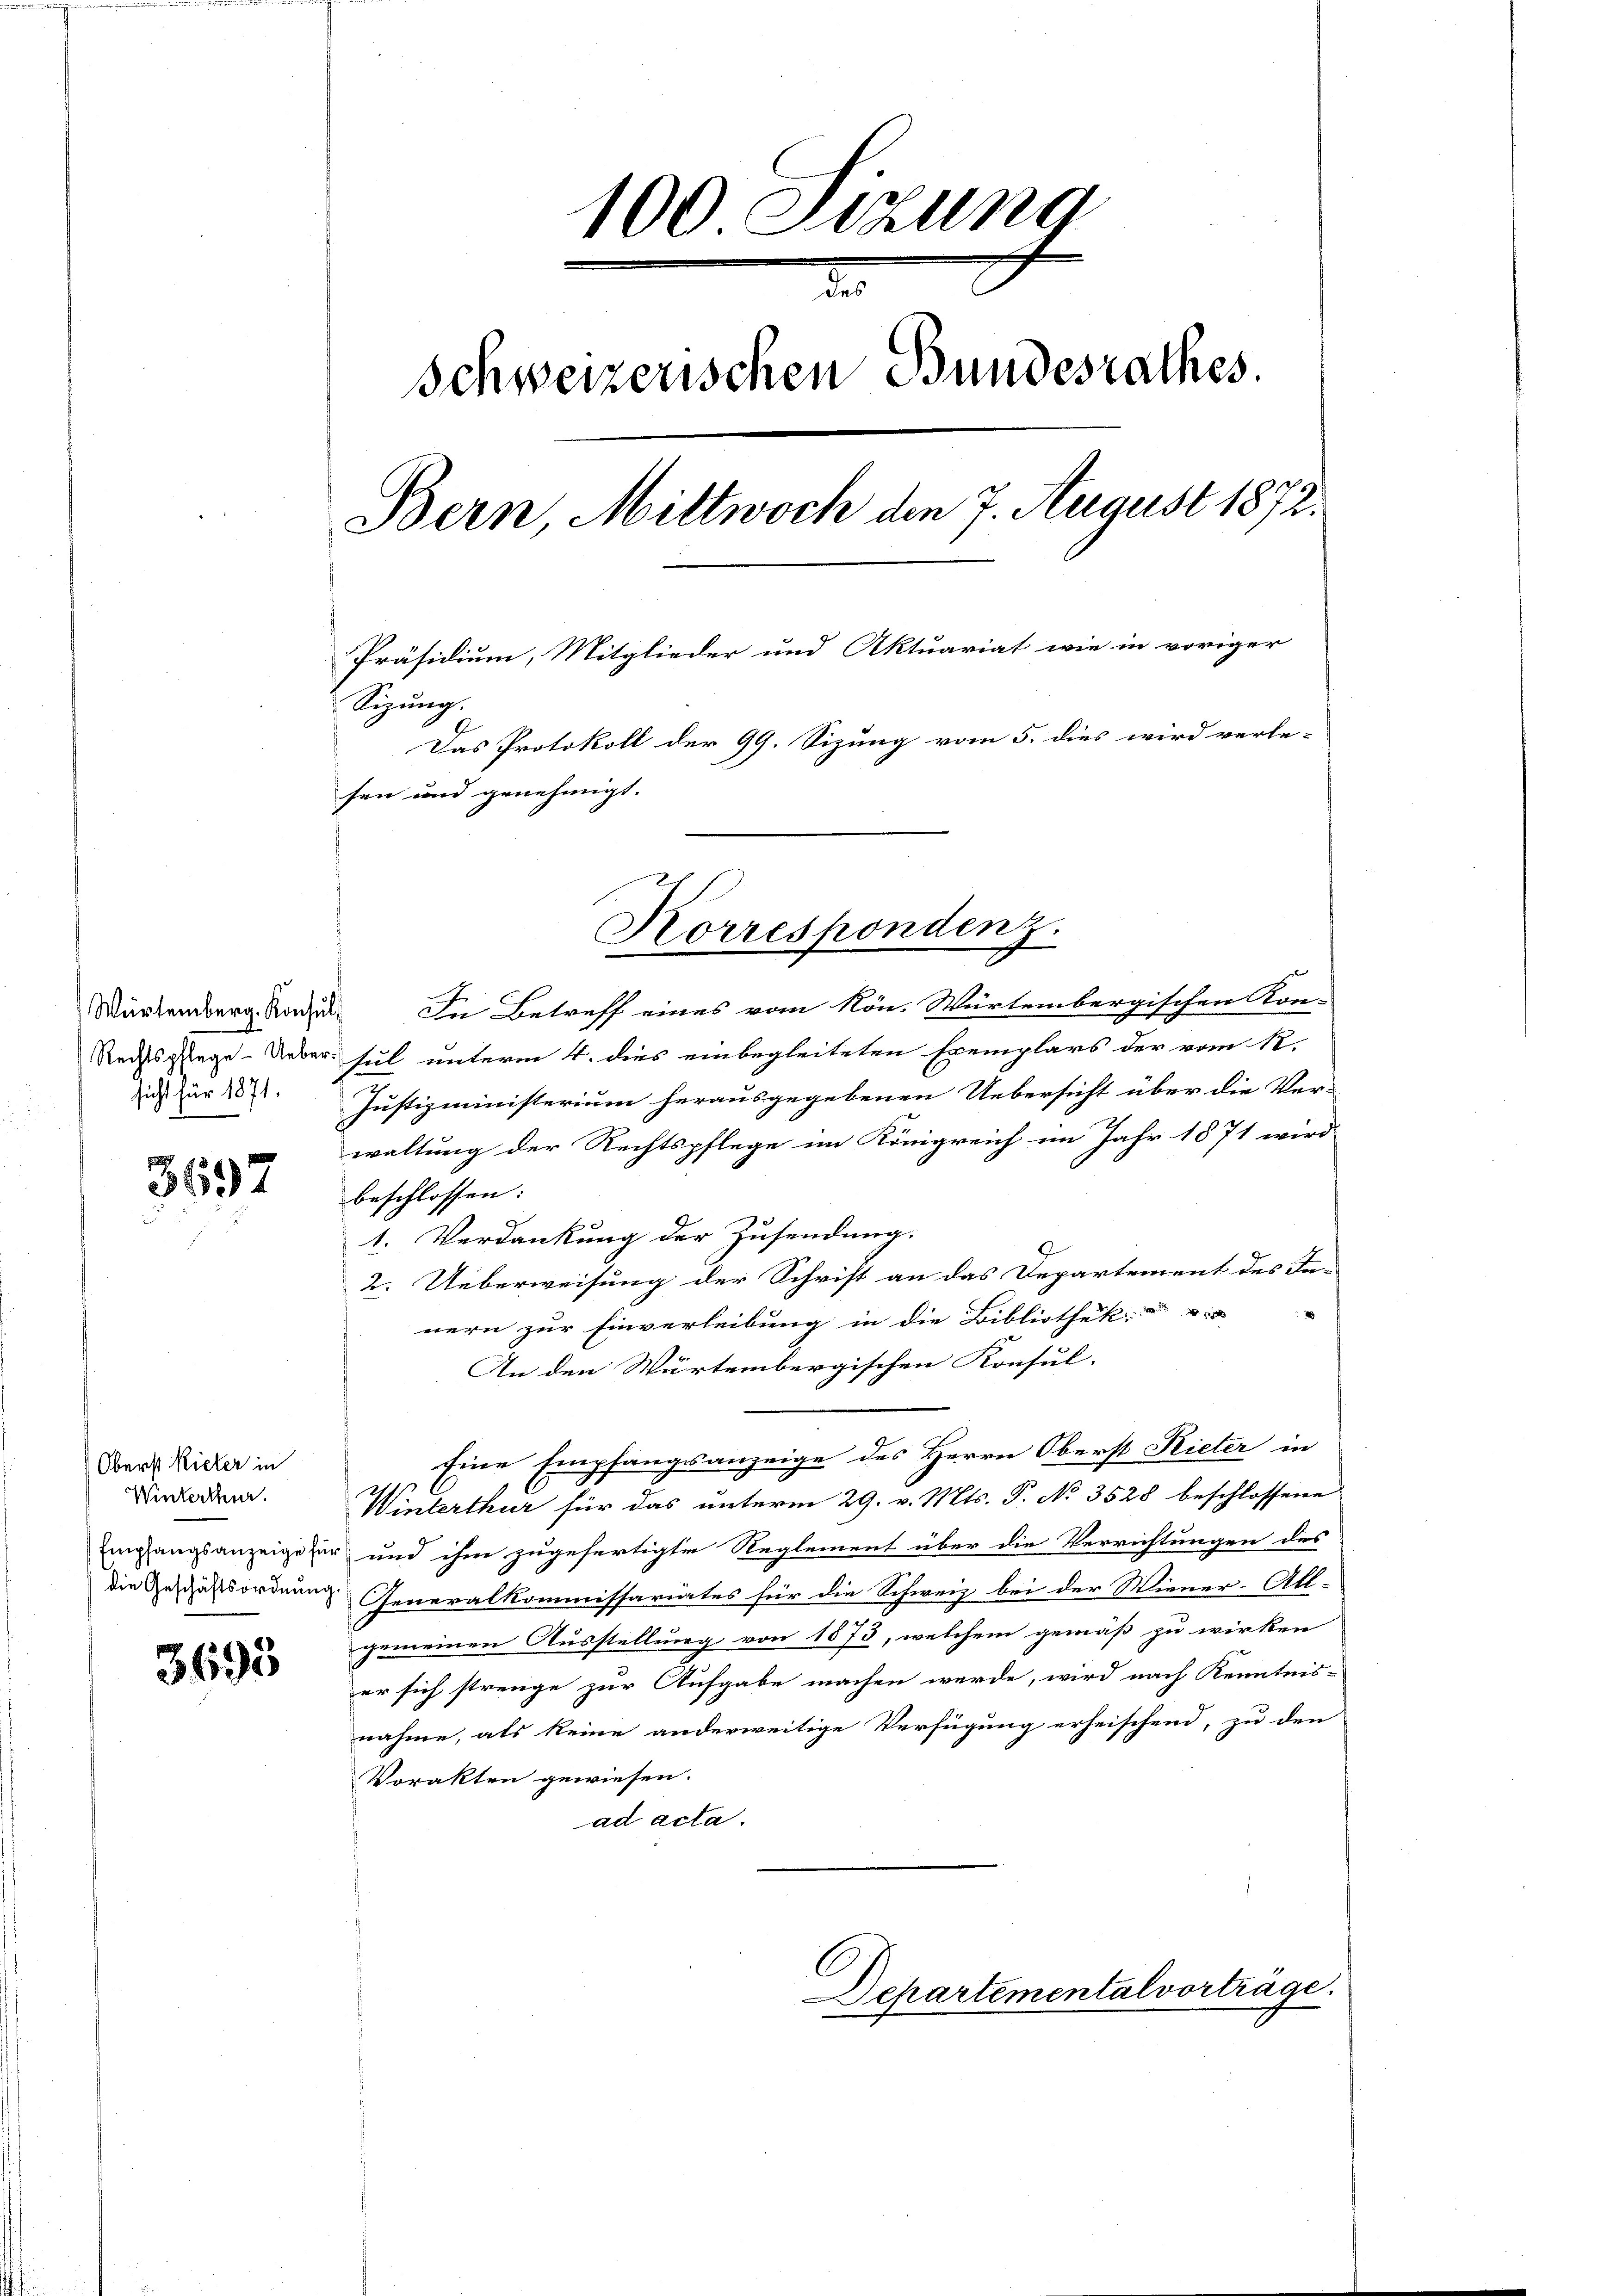
Würtemberg. Konsul
Rechtspflege Uebersicht für 1871.

3697
ber

Oberst Rieter in
Winterten.
Empfangsanzeige für
die Geschäftsordnung

3695

100 Setzung
Schweizerischen Bundesrathes.
Bern Mittwoch den 7. August 1872.
Präsidium, Mitglieder und Aktuariat wie in voriger
Sizŭng.
Das Protokoll der 99. Sizung vom 5. dies wird verle-
sen und genehmigt.

In Betreff eines vom Kön. Würtembergischen Kon-
sul unterm 4. dies einbegleiteten Exemplars der vom 12.
Justizministerium herausgegebenen Uebersicht über die Ver-
waltung der Rechtspflege im Königreich im Jahr 1871 wird
beschlossen:
1. Verdankung der Zusendung.
2. Ueberweisung der Schrift an das Departement des In-
nern zur Einverleibung in die Bibliothek
An den Würtembergischen Konsul-
Eine Empfangsanzeige des Herrn Oberst Rieter in
Winterthur für das unterm 29. v. Mts. P. No 3528 beschlossene
und ihm zugefertigte Reglement über die Verrichtungen des
Generalkommissarites für die Schweiz bei der Wiener-All-
gemeinen Ausstellung von 1873, welchem gemäß zu wirken
er sich strenge zur Aufgabe machen werde, wird nach Kenntnis-
nahme, als keine anderweitige Verfügung erheischend, zu den
Vorakten gewiesen.
ad acta.
Departemental vorträge.

Korrespondenz.